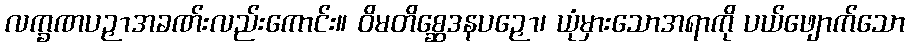
လက္ခဏပဉှာအခဏ်းလည်းကောင်း။ ဝိမတိစ္ဆေဒနပဉှော၊ ယုံမှားသောအရာကို ပယ်ဖျောက်သော